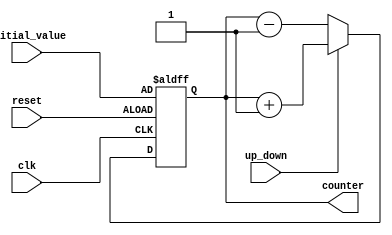
module up_down_counter(
    input clk,
    input reset,
    input up_down,
    input [7:0] initial_value,
    output reg [7:0] counter
);

always @(posedge clk or posedge reset) begin
    if (reset) begin
        counter <= initial_value;
    end else begin
        if (up_down) begin
            counter <= counter + 1;
        end else begin
            counter <= counter - 1;
        end
    end
end

endmodule